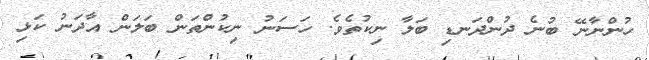
ހުންނާނޭ ބުނެ ދުންދަނޑި ބަލާ ނިކުތެވެ. ހަސަނު ނިކުންތަން ބަލަން އާދަނު ކަޅި